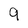
Character: 9